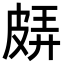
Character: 𤿬